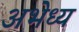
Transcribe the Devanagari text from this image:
अभेध्य